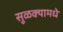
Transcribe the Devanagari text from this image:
सुळक्यामधे